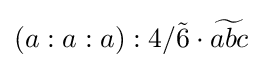
\left(a:a:a\right):4/{\tilde {6}}\cdot {\widetilde {abc}}